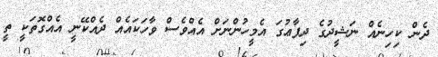
ދެން ކިހިނެއް ނަޝީދުގެ ދިފާޢުގަ އެމީހުންނަށް އެއްވެސް ވާހަކައެއް ދެއްކޭނީ އެއްގޮތަކީ ތީ